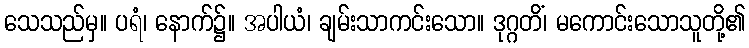
သေသည်မှ။ ပရံ၊ နောက်၌။ အပါယံ၊ ချမ်းသာကင်းသော။ ဒုဂ္ဂတိံ၊ မကောင်းသောသူတို့၏